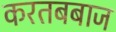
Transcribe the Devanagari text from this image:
करतबबाज